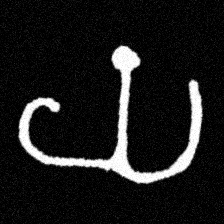
Pyu character \u2014 Myanmar letter: ယ (romanized: ya)